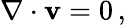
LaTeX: \nabla\cdot\mathbf{v}=0\, ,